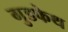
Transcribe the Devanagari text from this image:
गुडफेथ